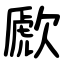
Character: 歋